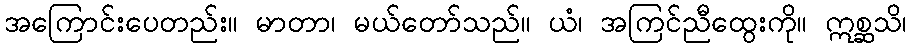
အကြောင်းပေတည်း။ မာတာ၊ မယ်တော်သည်။ ယံ၊ အကြင်ညီထွေးကို။ ဣစ္ဆသိ၊